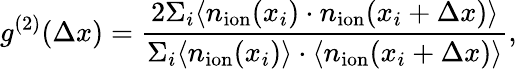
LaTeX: g^{(2)}(\Delta x)=\frac{2\Sigma_{i}\langle n_{\mathrm{ion}}(x_{i})\cdot n_{\mathrm{ion}}(x_{i}+\Delta x)\rangle}{\Sigma_{i}\langle n_{\mathrm{ion}}(x_{i})\rangle\cdot\langle n_{\mathrm{ion}}(x_{i}+\Delta x)\rangle},